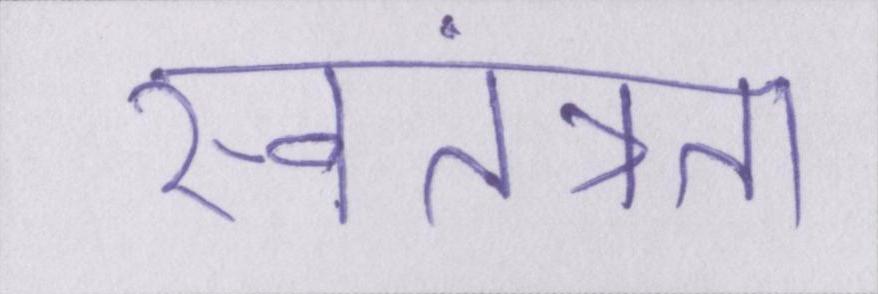
स्वतंत्रता